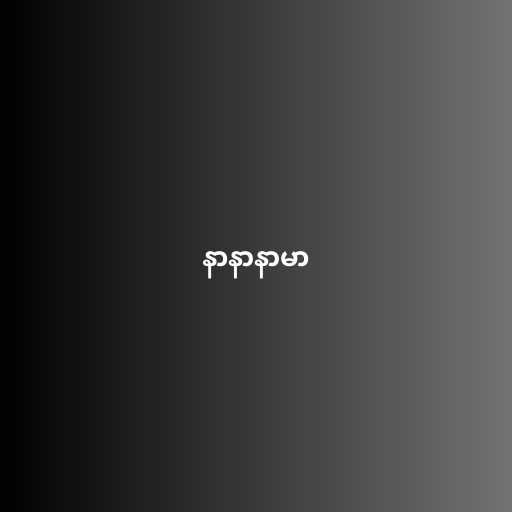
နာနာနာမာ